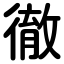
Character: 徹